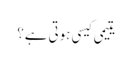
یتیمی کیسی ہوتی ہے؟